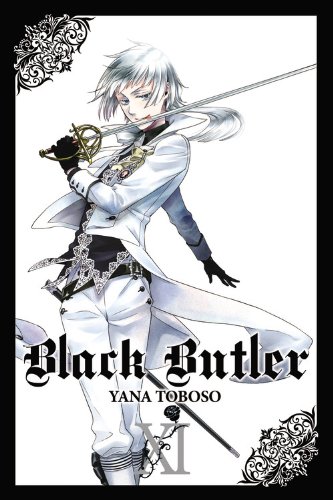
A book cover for Black Butler, Vol. 11; Comics & Graphic Novels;